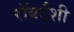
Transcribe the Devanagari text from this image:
रॉबर्टशी